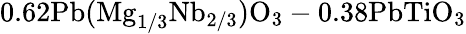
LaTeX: \mathrm{0.62Pb(Mg_{1/3}Nb_{2/3})O_{3}-0.38PbTiO_{3}}